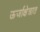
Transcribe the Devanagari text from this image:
ऊर्जाक्षेत्रात